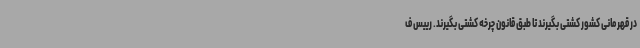
در قهرمانی کشور کشتی بگیرند تا طبق قانون چرخه کشتی بگیرند. رییس ف